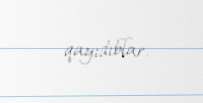
qayıdıblar.